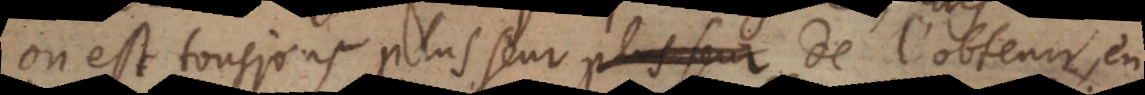
on est tousjours plus seur de l’obtenir, en